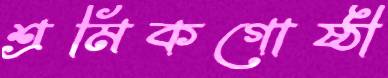
শ্রমিকগোষ্ঠী